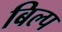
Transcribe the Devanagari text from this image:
बिल्प